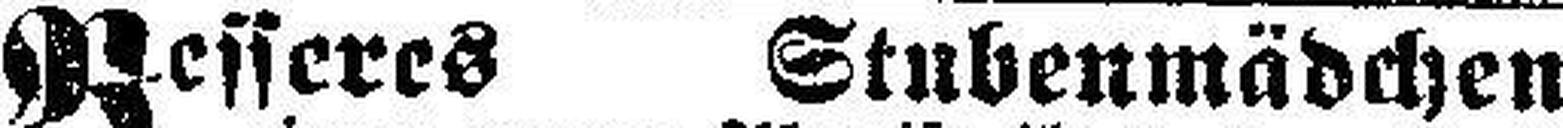
Besseres Stubenmädchen